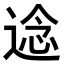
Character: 𮞤